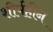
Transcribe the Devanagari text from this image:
शीर्षहीन